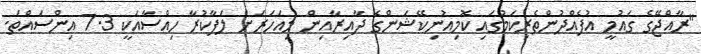
"ރާއްޖޭގެ ގައުމީ އުފެއްދުންތެރިކަމުގައި ކޮމިއުނިކޭޝަންގެ ދާއިރާއިން މިއަހަރަށް ލަފާކުރާ ހިއްސާއަކީ 7.3 އިންސައްތަ.